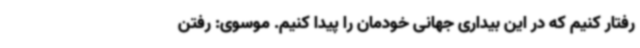
رفتار کنیم که در این بیداری جهانی خودمان را پیدا کنیم. موسوی: رفتن